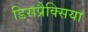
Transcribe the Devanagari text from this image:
डिसप्रैक्सिया